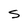
Character: S